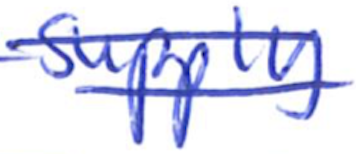
Text: supply
Cross-out: double-line
Writing tool: ballpoint